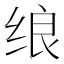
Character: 𱺡